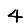
Digit: 4